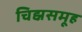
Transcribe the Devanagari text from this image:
चिह्नसमूह